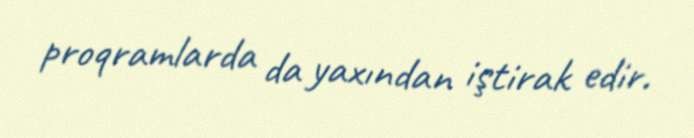
proqramlarda da yaxından iştirak edir.